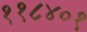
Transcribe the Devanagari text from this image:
११८४०१